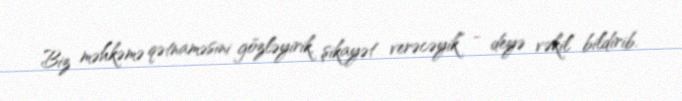
Biz məhkəmə qətnaməsini gözləyirik, şikayət verəcəyik” - deyə vəkil bildirib.